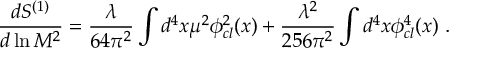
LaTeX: { \frac { d S ^ { ( 1 ) } } { d \ln M ^ { 2 } } } = { \frac { \lambda } { 6 4 \pi ^ { 2 } } } \int d ^ { 4 } x \mu ^ { 2 } \phi _ { c l } ^ { 2 } ( x ) + { \frac { \lambda ^ { 2 } } { 2 5 6 \pi ^ { 2 } } } \int d ^ { 4 } x \phi _ { c l } ^ { 4 } ( x ) \, \, .